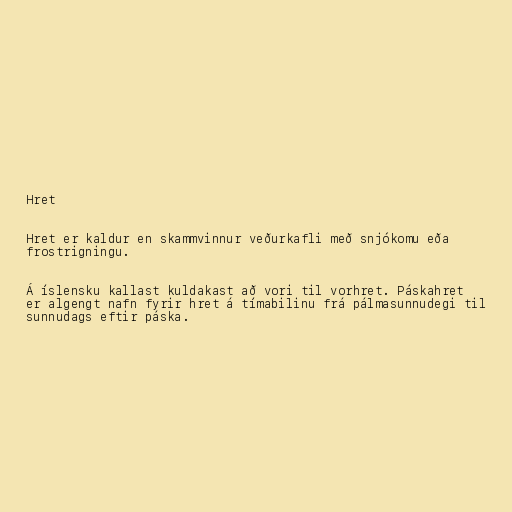
Hret

Hret er kaldur en skammvinnur veðurkafli með snjókomu eða
frostrigningu.

Á íslensku kallast kuldakast að vori til vorhret. Páskahret
er algengt nafn fyrir hret á tímabilinu frá pálmasunnudegi til
sunnudags eftir páska.